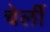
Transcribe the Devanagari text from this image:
चेर्ली